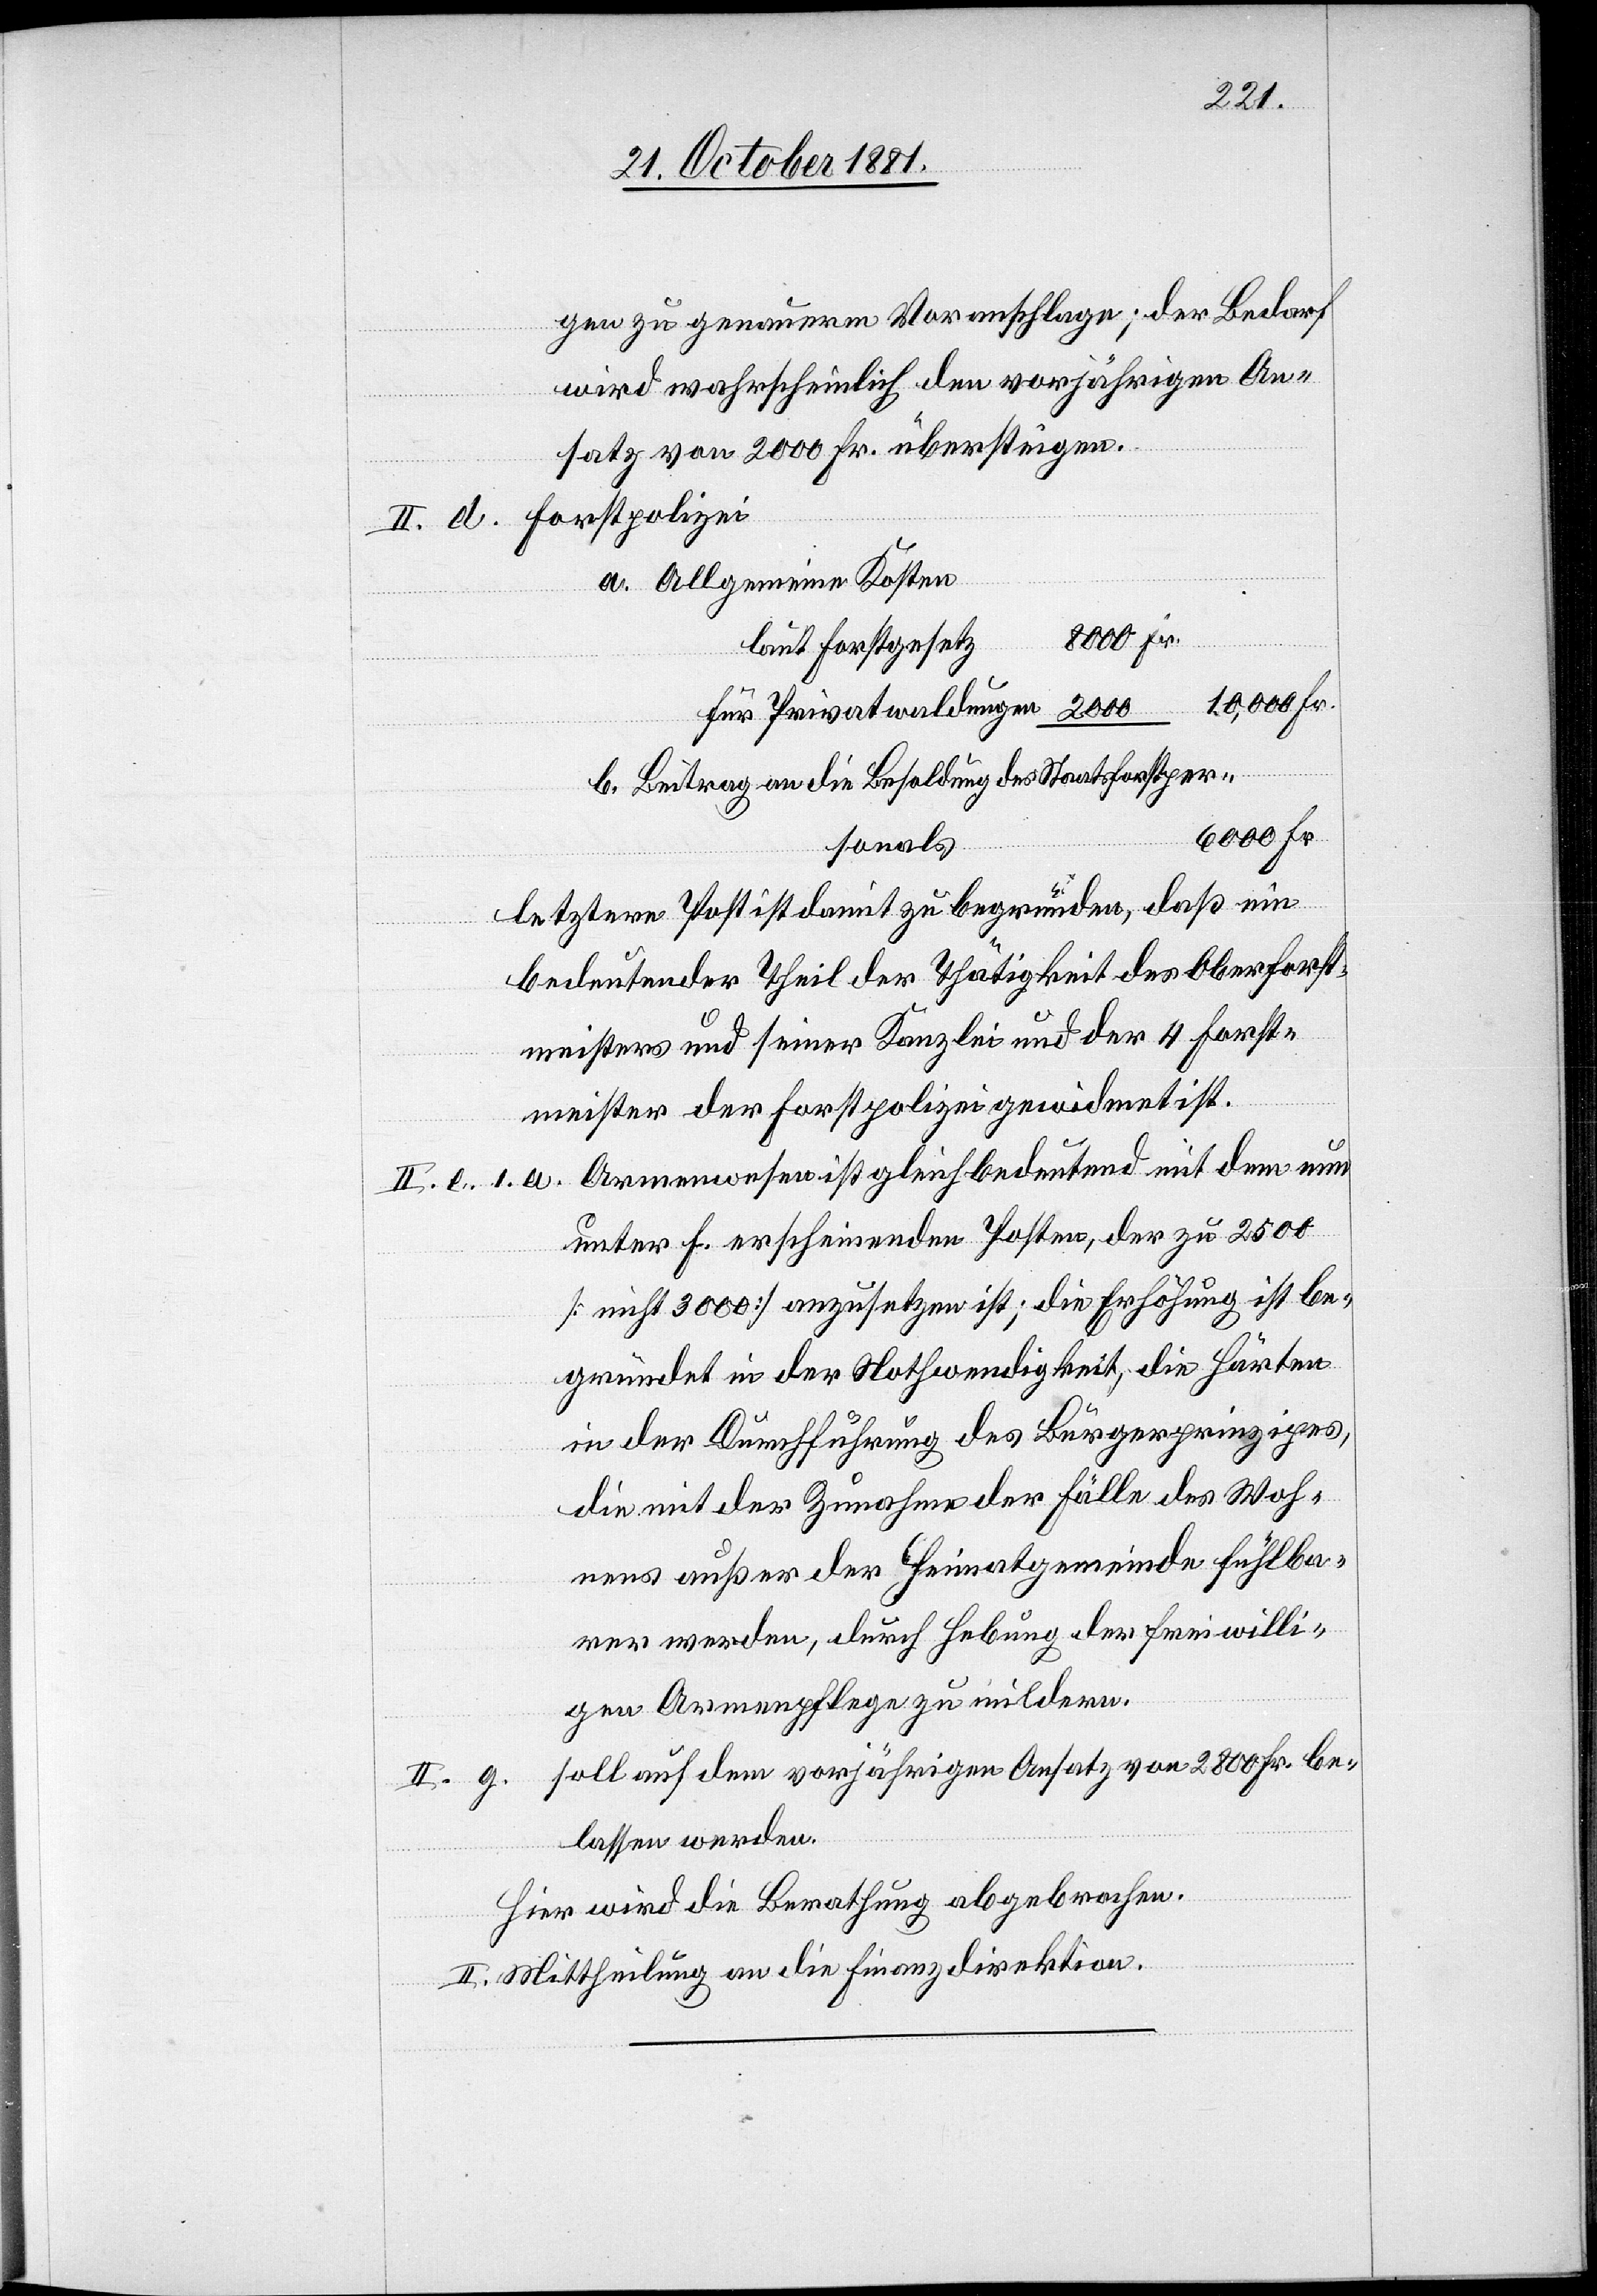
gen zu genauerem Voranschlage; der Bedarf
wird wahrscheinlich den vorjährigen An¬
satz von 2000 Fr. übersteigen.
II. d. Forstpolizei
a. Allgemeinen Kosten
laut Forstgeset¬
10,000 Fr.
für Privatwaldungen		2000
b. Beitrag an die Besoldung des Staatsforstper¬
6000 Fr.
sonals
letztere Post ist damit zu begründen, daß ein
bedeutender Theil der Thätigkeit des Oberforst¬
meisters und seiner Kanzlei und der 4 Forst¬
meister der Forstpolizei gewidmet ist.
II. e. 1. a. Armenwesen ist gleichbedeutend mit dem nun
unter f. erscheinenden Posten, der zu 2500
[nicht 3000] anzusetzen ist; die Erhöhung ist be¬
gründet in der Nothwendigkeit, die Härten
in der Durchführung des Bürgerprinzipes,
die mit der Zunahme der Fälle des Woh¬
nens außer der Heimatgemeinden fühlba¬
rer werden, durch Hebung der freiwilli¬
gen Armenpflege zu mildern.
soll auf dem vorjährigen Ansatz von 2800 Fr. be¬
lassen werden.
Hier wir die Berathung abgebrochen.
II. Mittheilung an die Finanzdirektion.